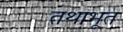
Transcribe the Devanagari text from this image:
तथाभूत